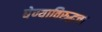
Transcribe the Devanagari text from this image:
घेण्याविरुद्धचा